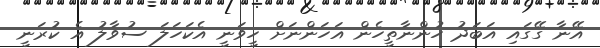
އޭނާ ގޭގައި އަބަދު ހުންނާތީހެން އަހަންނަށް ހީވަނީ އެކަހަލަ ސުވާލު އެ ކުރަނީ